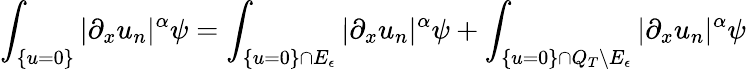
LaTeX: \int_{\{ u=0\} }|\partial_{x}u_{n}|^{\alpha}\psi=\int_{\{ u=0\} \cap E_{\epsilon}}|\partial_{x}u_{n}|^{\alpha}\psi+\int_{\{ u=0\} \cap Q_{T}\backslash E_{\epsilon}}|\partial_{x}u_{n}|^{\alpha}\psi